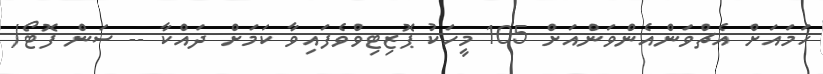
ހަމައަށް އެޗްވަންއެންވަންއަށް 105 މީހަކު ޕޮޒިޓިވްވެފައިވާ ކަމަށް ދައްކާ -- ސަން ފޮޓޯ/